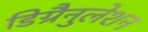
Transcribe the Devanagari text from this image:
डिग्रैनुलेशन